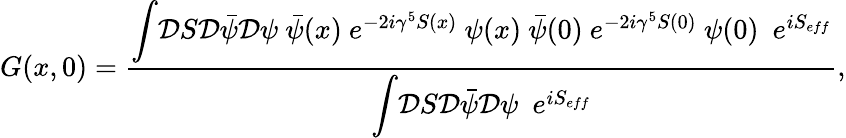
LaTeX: G(x,0)=\frac{{\displaystyle\int}{\cal D}S{\cal D}{\bar{\psi}}{\cal D}\psi~{\bar{\psi}}(x)~e^{-2i\gamma^{5}S(x)}~\psi(x)~{\bar{\psi}}(0)~{\displaystyle e}^{-2i\gamma^{5}S(0)}~\psi(0)\, \, \, e^{iS_{eff}}}{{\displaystyle\int}{\cal D}S{\cal D}{\bar{\psi}}{\cal D}\psi\, \, \, {\displaystyle e}^{iS_{eff}}},